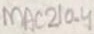
Text: MAC210-4